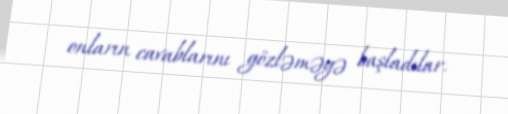
onların cavablarını gözləməyə başladılar.